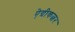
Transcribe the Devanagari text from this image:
ऐग्रीकल्चर